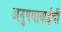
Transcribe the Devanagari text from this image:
अनुपमाबाईंची